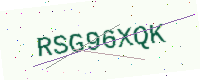
Text: RSG96XQK